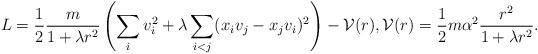
LaTeX: \begin{align*} L = \frac{1}{2}\frac{m}{1+\lambda r^2} \left(\sum_i v_i^2 + \lambda \sum_{i<j} (x_iv_j - x_jv_i)^2\right) - {\cal V}(r), {\cal V}(r) =\frac{1}{2} m \alpha^2 \frac{r^2}{1+\lambda r^2}. \end{align*}